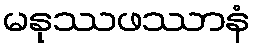
မနုဿဖဿာနံ